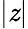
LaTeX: |\mathit{z}|